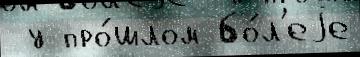
 у про́шлом бо́л'еjе